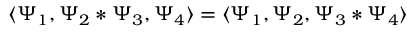
\langle \Psi _ { 1 } , \Psi _ { 2 } * \Psi _ { 3 } , \Psi _ { 4 } \rangle = \langle \Psi _ { 1 } , \Psi _ { 2 } , \Psi _ { 3 } * \Psi _ { 4 } \rangle